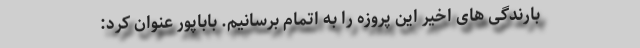
بارندگی های اخیر این پروزه را به اتمام برسانیم. باباپور عنوان کرد: